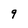
Character: 9